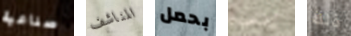
صناعية المناشف بحمل للصلاة ذلك